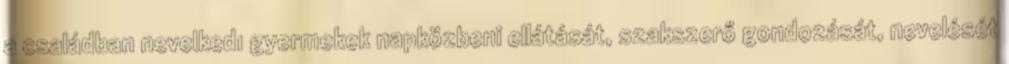
a családban nevelkedı gyermekek napközbeni ellátását, szakszerő gondozását, nevelését